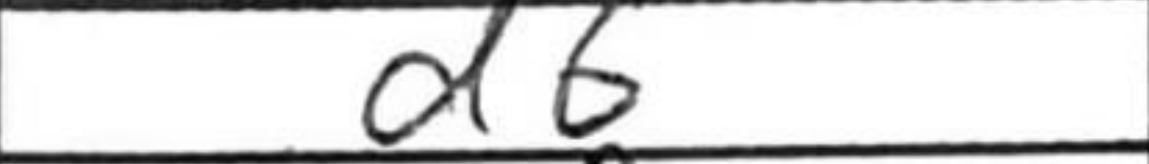
Transcription: d6